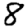
Digit: 8